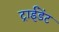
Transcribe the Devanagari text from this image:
ट्राईडेंट